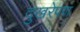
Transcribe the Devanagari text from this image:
दुखरेपण